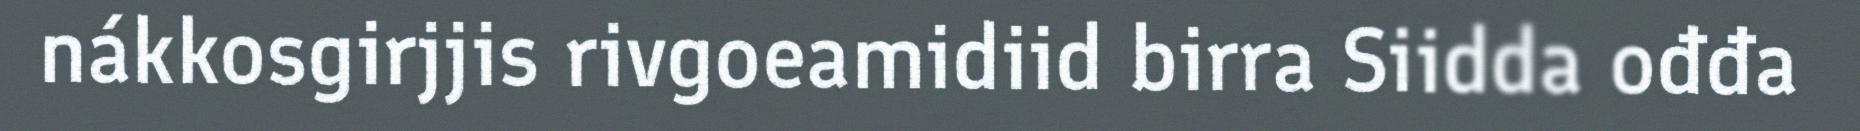
nákkosgirjjis rivgoeamidiid birra Siidda ođđa